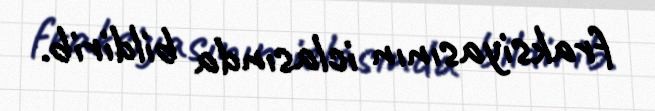
fraksiyasının iclasında bildirib.